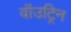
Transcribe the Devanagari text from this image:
वॉउट्रिन